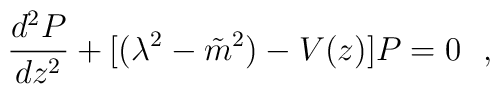
\frac{d^2P}{dz^2} +[(\lambda^2-{\tilde{m}}^2)-V(z)]P=0~~,